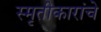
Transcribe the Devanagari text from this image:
स्मृतीकारांचे